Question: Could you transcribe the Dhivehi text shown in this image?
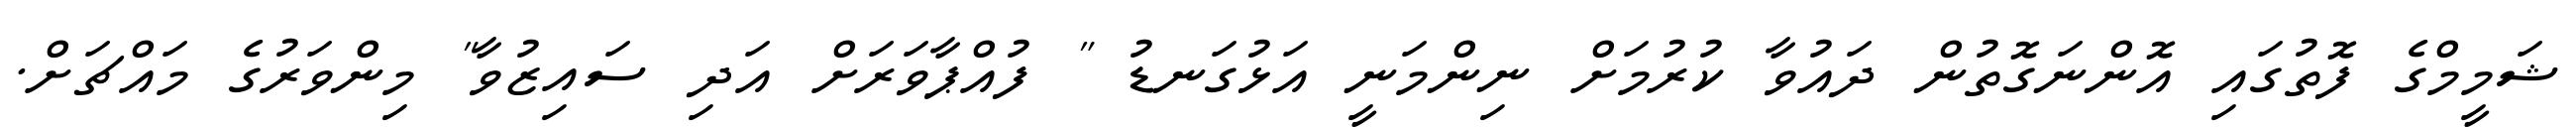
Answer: ޝަމީމްގެ ފޮތުގައި އޮންނަގޮތުން ދައުވާ ކުރުމަށް ނިންމަނީ އަޅުގަނޑު " ފުއްޕާވަރަށް އަދި ސައިޒުވާ" މިންވަރުގެ މައްޗަށް.